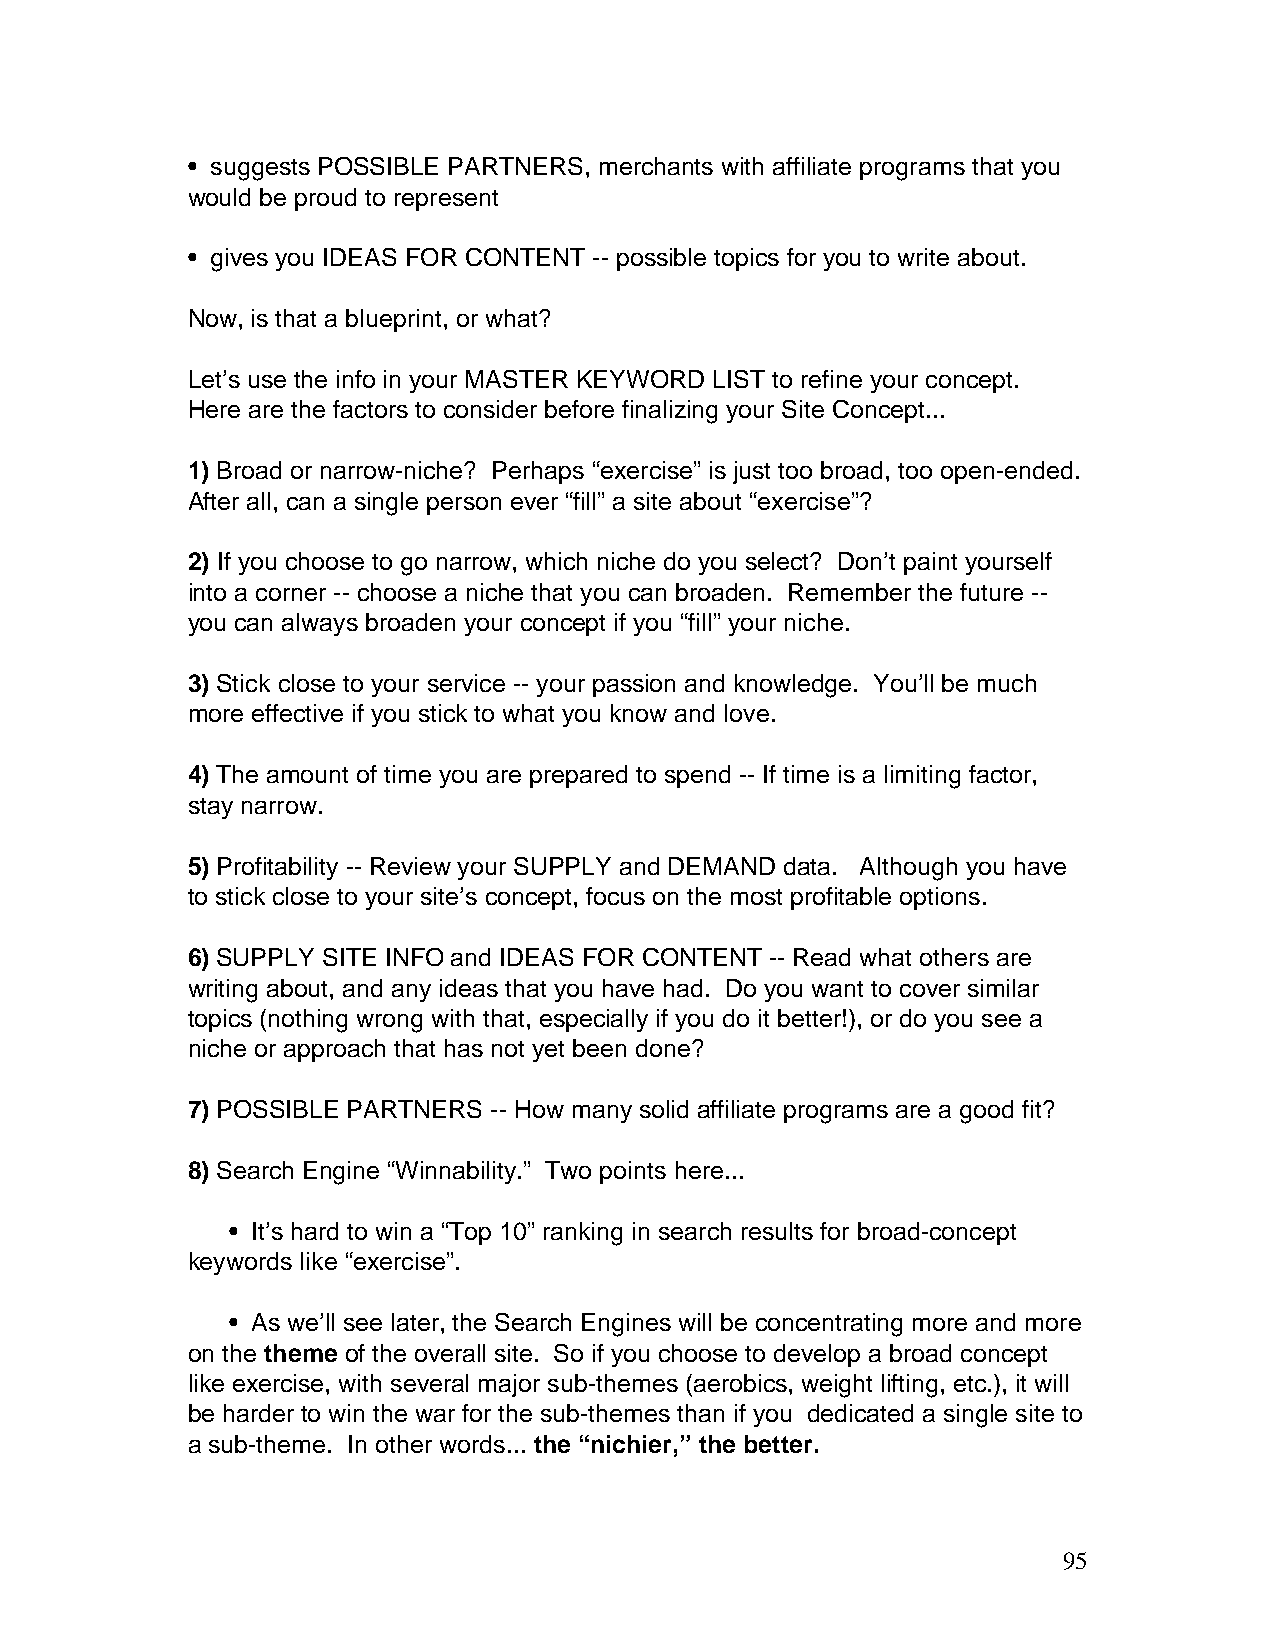
• suggests POSSIBLE PARTNERS, merchants with affiliate programs that you
 would be proud to represent
 • gives you IDEAS FOR CONTENT -- possible topics for you to write about.
 Now, is that a blueprint, or what?
 Let’s use the info in your MASTER KEYWORD LIST to refine your concept.
 Here are the factors to consider before finalizing your Site Concept...
 1) Broad or narrow-niche? Perhaps “exercise” is just too broad, too open-ended.
 After all, can a single person ever “fill” a site about “exercise”?
 2) If you choose to go narrow, which niche do you select? Don’t paint yourself
 into a corner -- choose a niche that you can broaden. Remember the future --
 you can always broaden your concept if you “fill” your niche.
 3) Stick close to your service -- your passion and knowledge. You’ll be much
 more effective if you stick to what you know and love.
 4) The amount of time you are prepared to spend -- If time is a limiting factor,
 stay narrow.
 5) Profitability -- Review your SUPPLY and DEMAND data. Although you have
 to stick close to your site’s concept, focus on the most profitable options.
 6) SUPPLY SITE INFO and IDEAS FOR CONTENT -- Read what others are
 writing about, and any ideas that you have had. Do you want to cover similar
 topics (nothing wrong with that, especially if you do it better!), or do you see a
 niche or approach that has not yet been done?
 7) POSSIBLE PARTNERS -- How many solid affiliate programs are a good fit?
 8) Search Engine “Winnability.” Two points here...
 • It’s hard to win a “Top 10” ranking in search results for broad-concept
 keywords like “exercise”.
 • As we’ll see later, the Search Engines will be concentrating more and more
 on the theme of the overall site. So if you choose to develop a broad concept
 like exercise, with several major sub-themes (aerobics, weight lifting, etc.), it will
 be harder to win the war for the sub-themes than if you dedicated a single site to
 a sub-theme. In other words... the “nichier,” the better.
 95